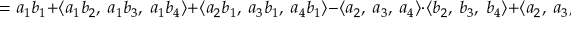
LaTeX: \qquad = a _ { 1 } b _ { 1 } + \langle a _ { 1 } b _ { 2 } , \ a _ { 1 } b _ { 3 } , \ a _ { 1 } b _ { 4 } \rangle + \langle a _ { 2 } b _ { 1 } , \ a _ { 3 } b _ { 1 } , \ a _ { 4 } b _ { 1 } \rangle - \langle a _ { 2 } , \ a _ { 3 } , \ a _ { 4 } \rangle \cdot \langle b _ { 2 } , \ b _ { 3 } , \ b _ { 4 } \rangle + \langle a _ { 2 } , \ a _ { 3 } , \ a _ { 4 } \rangle \times \langle b _ { 2 } , \ b _ { 3 } , \ b _ { 4 } \rangle